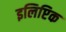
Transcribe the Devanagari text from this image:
इलिप्टिक